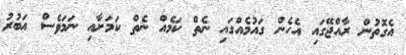
އެގޮތުން ރާއްޖޭގައި އެހެން ގައުމެއްގައި ނެތް ކަމެއް ނެތް ކަމަށާއި ނަމަވެސް އަބުރު